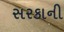
સરકાની